Civil Veterinary Dept. Bombay admin report 1907-1913 - 1907-1913
Year: 1907
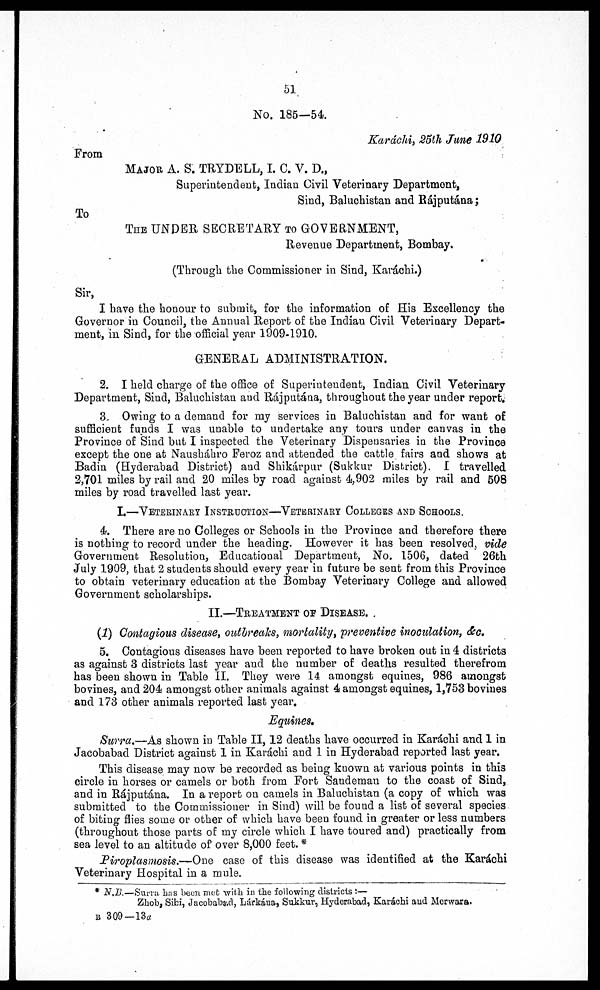
51
No. 185—54.
Karáchi, 25th June 1910
From
MAJOR A. S. TRYDELL, I. C. V. D.,
Superintendent, Indian Civil Veterinary Department,
Sind, Baluchistan and Rájputana;
To
THE UNDER SECRETARY TO GOVERNMENT,
Revenue Department, Bombay.
(Through the Commissioner in Sind, Karáchi.)
Sir,
I have the honour to submit, for the information of His Excellency the
Governor in Council, the Annual Report of the Indian Civil Veterinary Depart-
ment, in Sind, for the official year 1909-1910.
GENERAL ADMINISTRATION.
2. I held charge of the office of Superintendent, Indian Civil Veterinary
Department, Sind, Baluchistan and Rájputána, throughout the year under report.
3. Owing to a demand for ray services in Baluchistan and for want of
sufficient funds I was unable to undertake any tours under canvas in the
Province of Sind but I inspected the Veterinary Dispensaries in the Province
except the one at Nausháhro Feroz and attended the cattle fairs and shows at
Badin (Hyderabad District) and Shikárpur (Sukkur District). I travelled
2,701 miles by rail and 20 miles by road against 4,902 miles by rail and 508
miles by road travelled last year.
L—VETERINAEY INSTRUCTION—VETERINABY COLLEGES AND SCHOOLS.
4. There are no Colleges or Schools in the Province and therefore there
is nothing to record under the heading. However it has been resolved, vide
Government Resolution, Educational Department, No. 1506, dated 26th
July 1909, that 2 students should every year in future be sent from this Province
to obtain veterinary education at the Bombay Veterinary College and allowed
Government scholarships.
II.—TREATMENT OP DISEASE.
(1) Contagious disease, outbreaks, mortality, preventive inoculation, &c.
5. Contagious diseases have been reported to have broken out in 4 districts
as against 3 districts last year and the number of deaths resulted therefrom
has been shown in Table II. They were 14 amongst equines, 986 amongst
bovines, and 204 amongst other animals against 4 amongst equines, 1,753 bovines
and 173 other animals reported last year.
Equines.
Surra.—As shown in Table II, 12 deaths have occurred in Karáchi and 1 in
Jacobabad District against 1 in Karáchi and 1 in Hyderabad reported last year.
This disease may now be recorded as being known at various points in this
circle in horses or camels or both from Fort Sandeman to the coast of Sind,
and in Rájputána. In a report on camels in Baluchistan (a copy of which was
submitted to the Commissioner in Sind) will be found a list of several species
of biting flies some or other of which have been found in greater or less numbers
(throughout those parts of my circle which I have toured and) practically from
sea level to an altitude of over 8,000 feet. *
Piroplasmosis.—One case of this disease was identified at the Karachi
Veterinary Hospital in a mule.
* N.B.—Surra has been met with in the following districts :—
Zhob, Sibi, Jacobabad, Lárkána, Sukkur, Hyderabad, Karáchi and Merwara.
B 309— 13a